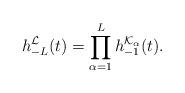
LaTeX: \begin{align*}h_{-L}^{\mathcal{L}}(t)=\prod_{\alpha=1}^{L}h_{-1}^{\mathcal{K}_\alpha}(t).\end{align*}